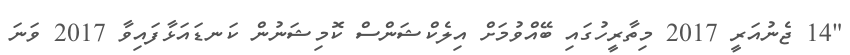
"14 ޖެނުއަރީ 2017 މިތާރީހުގައި ބޭއްވުމަށް އިލެކްޝަންސް ކޮމިޝަނުން ކަނޑައަޅާފައިވާ 2017 ވަނަ